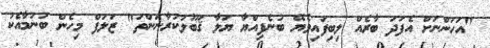
"އަހަންނަށް އެފަދަ ބާރެއް ލިބިފައިވެޔޭ ބުނެފިއްޔާ ޔަލާ ޤަބޫލުކުރާނަންތަ" ޒަލަފް މިހެން ބުނުމާއެކު